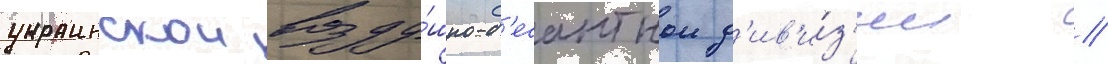
украинскои возду́шно-д'есантнои д'ив'и́з'ии //